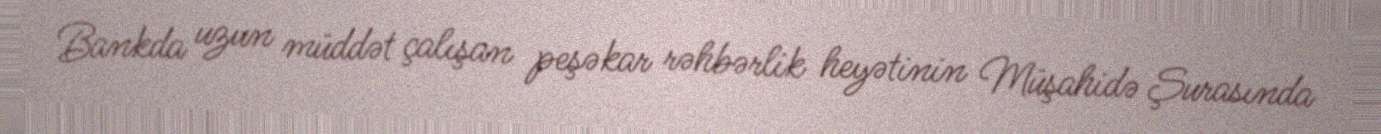
Bankda uzun müddət çalışan peşəkar rəhbərlik heyətinin Müşahidə Şurasında